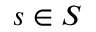
s \in S